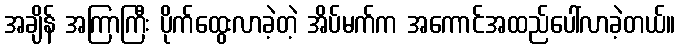
အချိန် အကြာကြီး ပိုက်ထွေးလာခဲ့တဲ့ အိပ်မက်က အကောင်အထည်ပေါ်လာခဲ့တယ်။